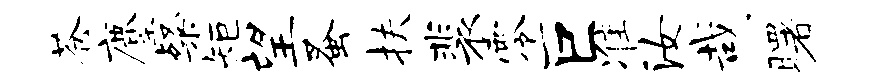
苍麈粲矩望蚤扶裴零巨准汝哉曙